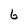
Character: 6